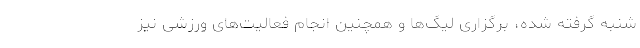
شنبه گرفته شده، برگزاری لیگ‌ها و همچنین انجام فعالیت‌های ورزشی نیز